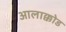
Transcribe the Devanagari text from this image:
आलाक्कोड